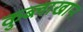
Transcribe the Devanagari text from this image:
कुब्लाखान